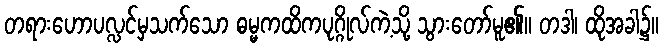
တရားဟောပလ္လင်မှသက်သော ဓမ္မကထိကပုဂ္ဂိုလ်ကဲ့သို့ သွားတော်မူ၏။ တဒါ၊ ထိုအခါ၌။